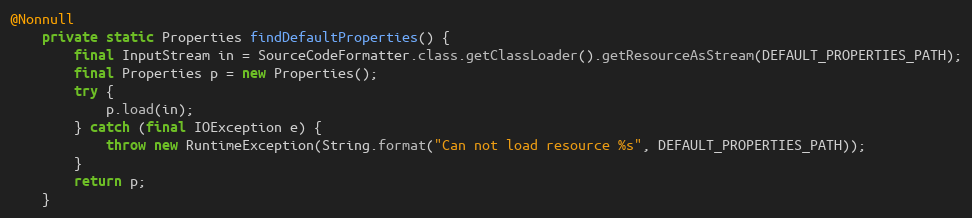
Language: Java
@Nonnull
	private static Properties findDefaultProperties() {
		final InputStream in = SourceCodeFormatter.class.getClassLoader().getResourceAsStream(DEFAULT_PROPERTIES_PATH);
		final Properties p = new Properties();
		try {
			p.load(in);
		} catch (final IOException e) {
			throw new RuntimeException(String.format("Can not load resource %s", DEFAULT_PROPERTIES_PATH));
		}
		return p;
	}